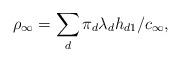
LaTeX: \begin{align*} \rho_\infty = \sum_d \pi_d \lambda_d h_{d1}/c_\infty, \end{align*}